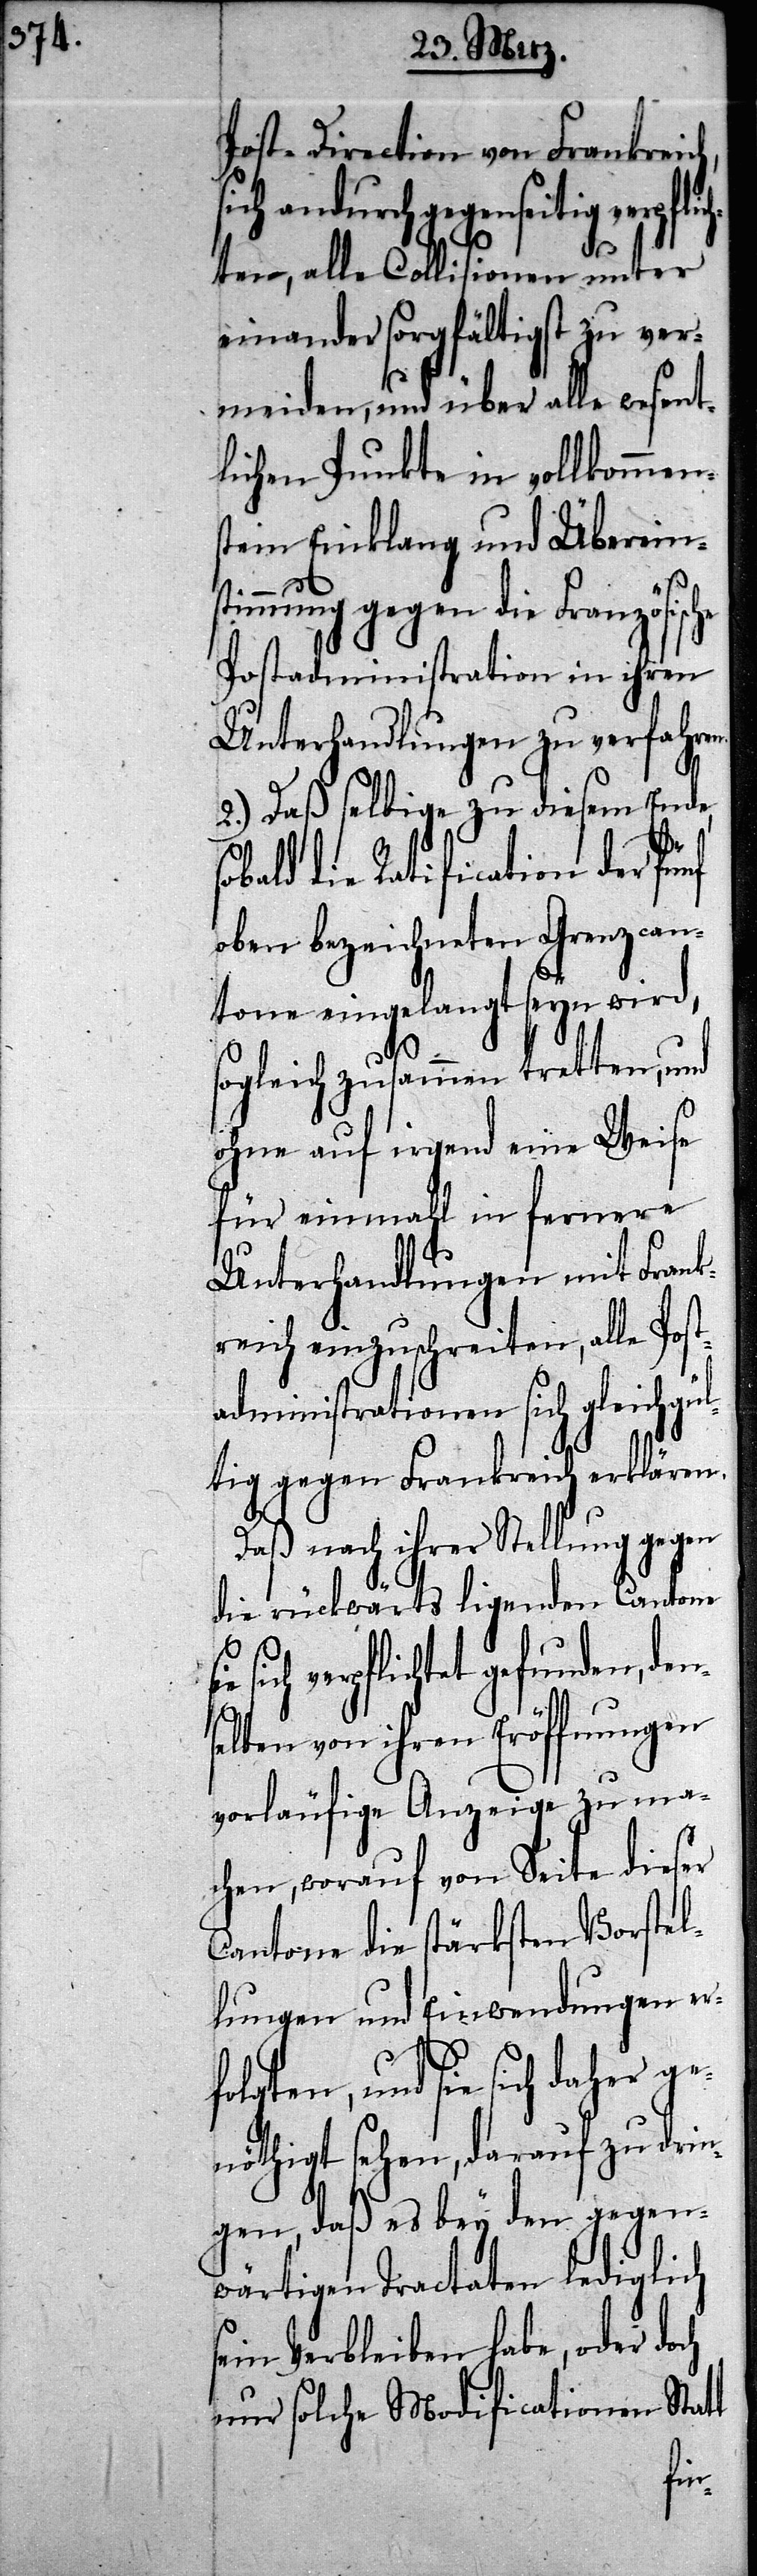
Post-Direction von
den¬
och
sich andurch gegen¬
ver¬
ten, alle Collisionen
einander sorgfältig zu ver¬
meiden, und über alle wesent¬
lichen Punkte in vollkommen¬
stem Einklang und Übers¬
timmung gegen die Französisc¬
Postadministration in ihren
Unterhandlungen zu verfahre¬
2.) Daß selbige zu diesem Ende,
bald die Ratification der fünf
oben bezeichneten Grenzcan¬
tone eingelangt seyn wird,
ogleich zusammen tretten, und
ohne auf irgend eine Weise
für einmahl in fernere
Unterhandlungen mit Frank¬
reich einzuschreiten, alle Po¬
administrationen sich gleichgül¬
s¬
tig gegen Frankreich erklären.
Daß nach ihrer Stellung gegen
die rückwärts ligenden Cantone
sich verpflichtet gefunden,
selben von ihren Eröffnungen
vorläufige Anzeige zu ma¬
chen, worauf von Seite dieser
Cantone die stärksten Vorstel¬
lungen und Einwendungen erf¬
olgten, und sie sich daher ge¬
nöthigt sehen, darauf zu drin¬
gen, daß es bey den gegen¬
wärtigen Tractaten lediglich
ein Verbleiben habe, oder d¬
nur solche Modificationen Statt